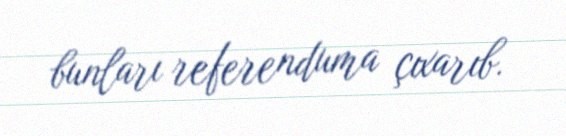
bunları referenduma çıxarıb.